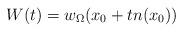
LaTeX: \begin{align*}W(t) = w_\Omega(x_0 + t n (x_0))\end{align*}